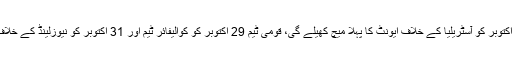
پاکستان ٹیم 24 اکتوبر کو آسٹریلیا کے خلاف ایونٹ کا پہلا میچ کھیلے گی، قومی ٹیم 29 اکتوبر کو کوالیفائر ٹیم اور 31 اکتوبر کو نیوزلینڈ کے خلاف مدمقابل ہوگی۔